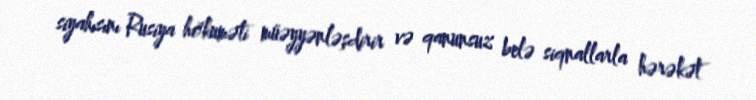
siyahısını Rusiya hökuməti müəyyənləşdirir və qanunsuz belə siqnallarla hərəkət